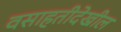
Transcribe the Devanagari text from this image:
वसाहतीदेखील